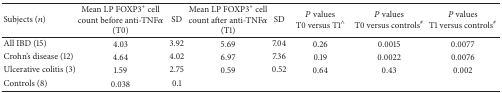
| Subjects (n) | Mean LP FOXP3+ cell count before anti-TNFα(T0) | SD | Mean LP FOXP3+ cell count after anti-TNFα(T1) | SD | P values T0 versus T1∧ | P valuesT0 versus controls# | P valuesT1 versus controls# |
 | --- | --- | --- | --- | --- | --- | --- | --- |
 | All IBD (15) | 4.03 | 3.92 | 5.69 | 7.04 | 0.26 | 0.0015 | 0.0077 |
 | Crohn's disease (12) | 4.64 | 4.02 | 6.97 | 7.36 | 0.19 | 0.0022 | 0.0076 |
 | Ulcerative colitis (3) | 1.59 | 2.75 | 0.59 | 0.52 | 0.64 | 0.43 | 0.002 |
 | Controls (8) | 0.038 | 0.1 |  |  |  |  |  |